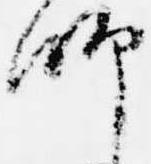
師